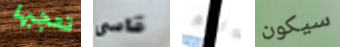
تعجبها قاسى انتم سيكون